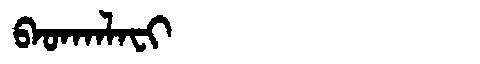
Manchu: ᠪᠠᡨᡴᠠᠯᠠᠸᡳ
Romanization: BATKALAFI